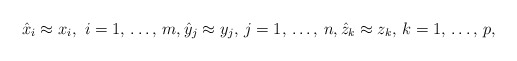
\begin{align*}\hat{x}_{i}\approx x_{i},\thinspace \thinspace i=1,\thinspace \mathellipsis,\thinspace m,\hat{y}_{j}\approx y_{j},\thinspace j=1,\thinspace \mathellipsis ,\thinspace n, \hat{z}_{k}\approx z_{k},\thinspace k=1, \thinspace \mathellipsis ,\thinspace p,\end{align*}